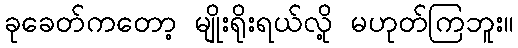
ခုခေတ်ကတော့ မျိုးရိုးရယ်လို့ မဟုတ်ကြဘူး။